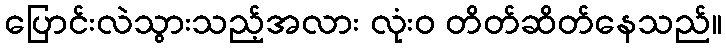
ပြောင်းလဲသွားသည့်အလား လုံးဝ တိတ်ဆိတ်နေသည်။